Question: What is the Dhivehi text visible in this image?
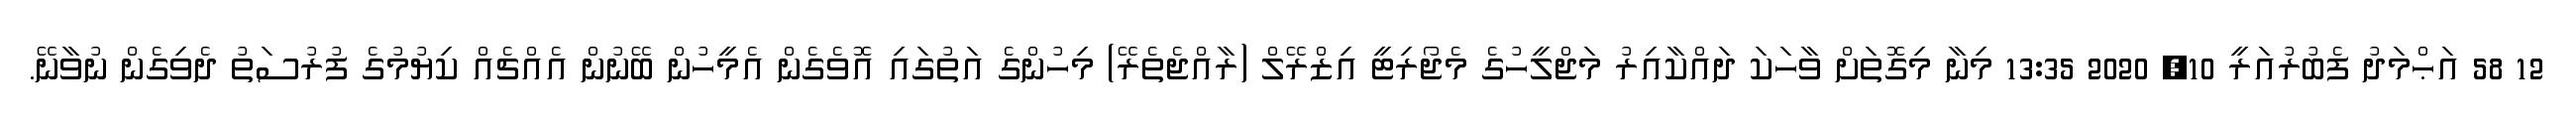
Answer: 12 58 އަޙްމަދު ފެބުރުއަރީ 10, 2020 13:35 މިނާ މިގޮތަށް ވާހަކަ ދައްކާއިރު މަޖްލީހުގެ މެޖޯރިޓީ އިޒްރޭލް (ރާއްޖެތެރޭ) މިހުންގެ އަތުގައި އޮވެގެން އެމީހުން ބޭނުން އެއްޗެއް ކިޔުމުގެ ފުރުސަތު ދެވިގެން ނުވާނޭ.